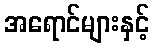
အရောင်များနှင့်